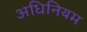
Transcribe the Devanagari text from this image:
अधिनियम